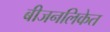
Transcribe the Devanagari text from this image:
बीजनलिकेत